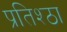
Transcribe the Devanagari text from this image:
प्रतिश्ठा